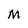
Character: M